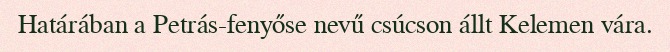
Határában a Petrás-fenyőse nevű csúcson állt Kelemen vára.